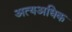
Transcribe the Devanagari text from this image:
अत्यअधिक